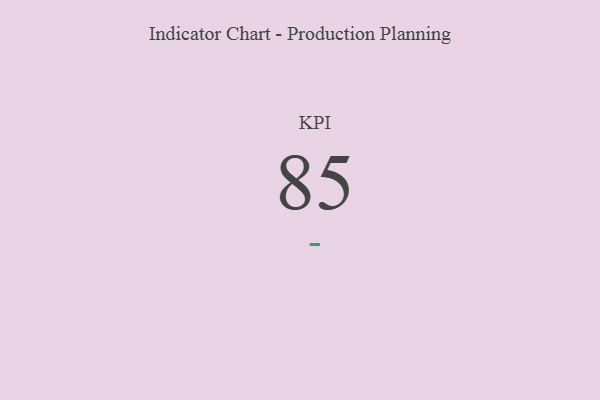
{"axis": {"x": "KPI", "y": "Value"}, "legend": [""], "data": [{"x": "KPI", "y": 85, "type": ""}]}